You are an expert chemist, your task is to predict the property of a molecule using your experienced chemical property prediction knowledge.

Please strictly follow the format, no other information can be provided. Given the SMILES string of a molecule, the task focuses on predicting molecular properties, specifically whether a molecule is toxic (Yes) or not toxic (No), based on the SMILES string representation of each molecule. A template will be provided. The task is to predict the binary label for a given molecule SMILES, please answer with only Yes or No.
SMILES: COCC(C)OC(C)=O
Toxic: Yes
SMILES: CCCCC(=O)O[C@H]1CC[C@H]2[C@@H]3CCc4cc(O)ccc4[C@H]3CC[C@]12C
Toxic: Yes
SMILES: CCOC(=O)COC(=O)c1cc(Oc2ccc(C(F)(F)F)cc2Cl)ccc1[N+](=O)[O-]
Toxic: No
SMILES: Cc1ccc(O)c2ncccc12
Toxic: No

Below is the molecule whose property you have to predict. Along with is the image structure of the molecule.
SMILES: COc1cc2nc(N3CCN(C(=O)c4ccco4)CC3)nc(N)c2cc1OC
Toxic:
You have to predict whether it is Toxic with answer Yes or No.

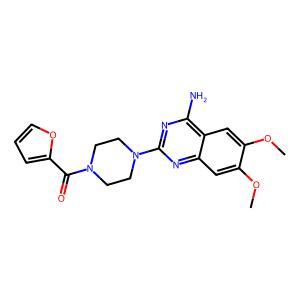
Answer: No